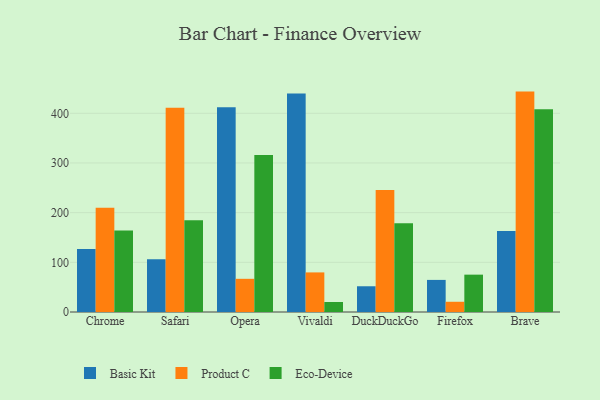
{"axis": {"x": "Browser", "y": "Shipments"}, "legend": ["Basic Kit", "Eco-Device", "Product C"], "data": [{"x": "Chrome", "y": 126.8, "type": "Basic Kit"}, {"x": "Chrome", "y": 210.0, "type": "Product C"}, {"x": "Chrome", "y": 164.0, "type": "Eco-Device"}, {"x": "Safari", "y": 106.3, "type": "Basic Kit"}, {"x": "Safari", "y": 411.1, "type": "Product C"}, {"x": "Safari", "y": 184.6, "type": "Eco-Device"}, {"x": "Opera", "y": 412.0, "type": "Basic Kit"}, {"x": "Opera", "y": 66.8, "type": "Product C"}, {"x": "Opera", "y": 316.1, "type": "Eco-Device"}, {"x": "Vivaldi", "y": 440.0, "type": "Basic Kit"}, {"x": "Vivaldi", "y": 79.7, "type": "Product C"}, {"x": "Vivaldi", "y": 20.1, "type": "Eco-Device"}, {"x": "DuckDuckGo", "y": 51.8, "type": "Basic Kit"}, {"x": "DuckDuckGo", "y": 245.6, "type": "Product C"}, {"x": "DuckDuckGo", "y": 178.8, "type": "Eco-Device"}, {"x": "Firefox", "y": 64.6, "type": "Basic Kit"}, {"x": "Firefox", "y": 20.6, "type": "Product C"}, {"x": "Firefox", "y": 75.2, "type": "Eco-Device"}, {"x": "Brave", "y": 163.2, "type": "Basic Kit"}, {"x": "Brave", "y": 443.7, "type": "Product C"}, {"x": "Brave", "y": 408.1, "type": "Eco-Device"}]}